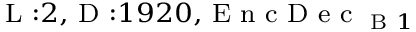
_ { \textrm { L } : 2 , \textrm { D } : 1 9 2 0 , \textrm { E n c D e c } _ { \textrm { B } 1 } }